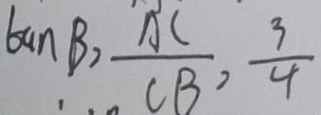
\tan B > \frac { A C } { C B } = \frac { 3 } { 4 }